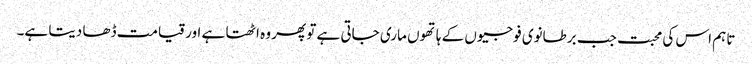
تاہم اس کی محبت جب برطانوی فوجیوں کے ہاتھوں ماری جاتی ہے تو پھر وہ اٹھتا ہے اور قیامت ڈھا دیتا ہے۔